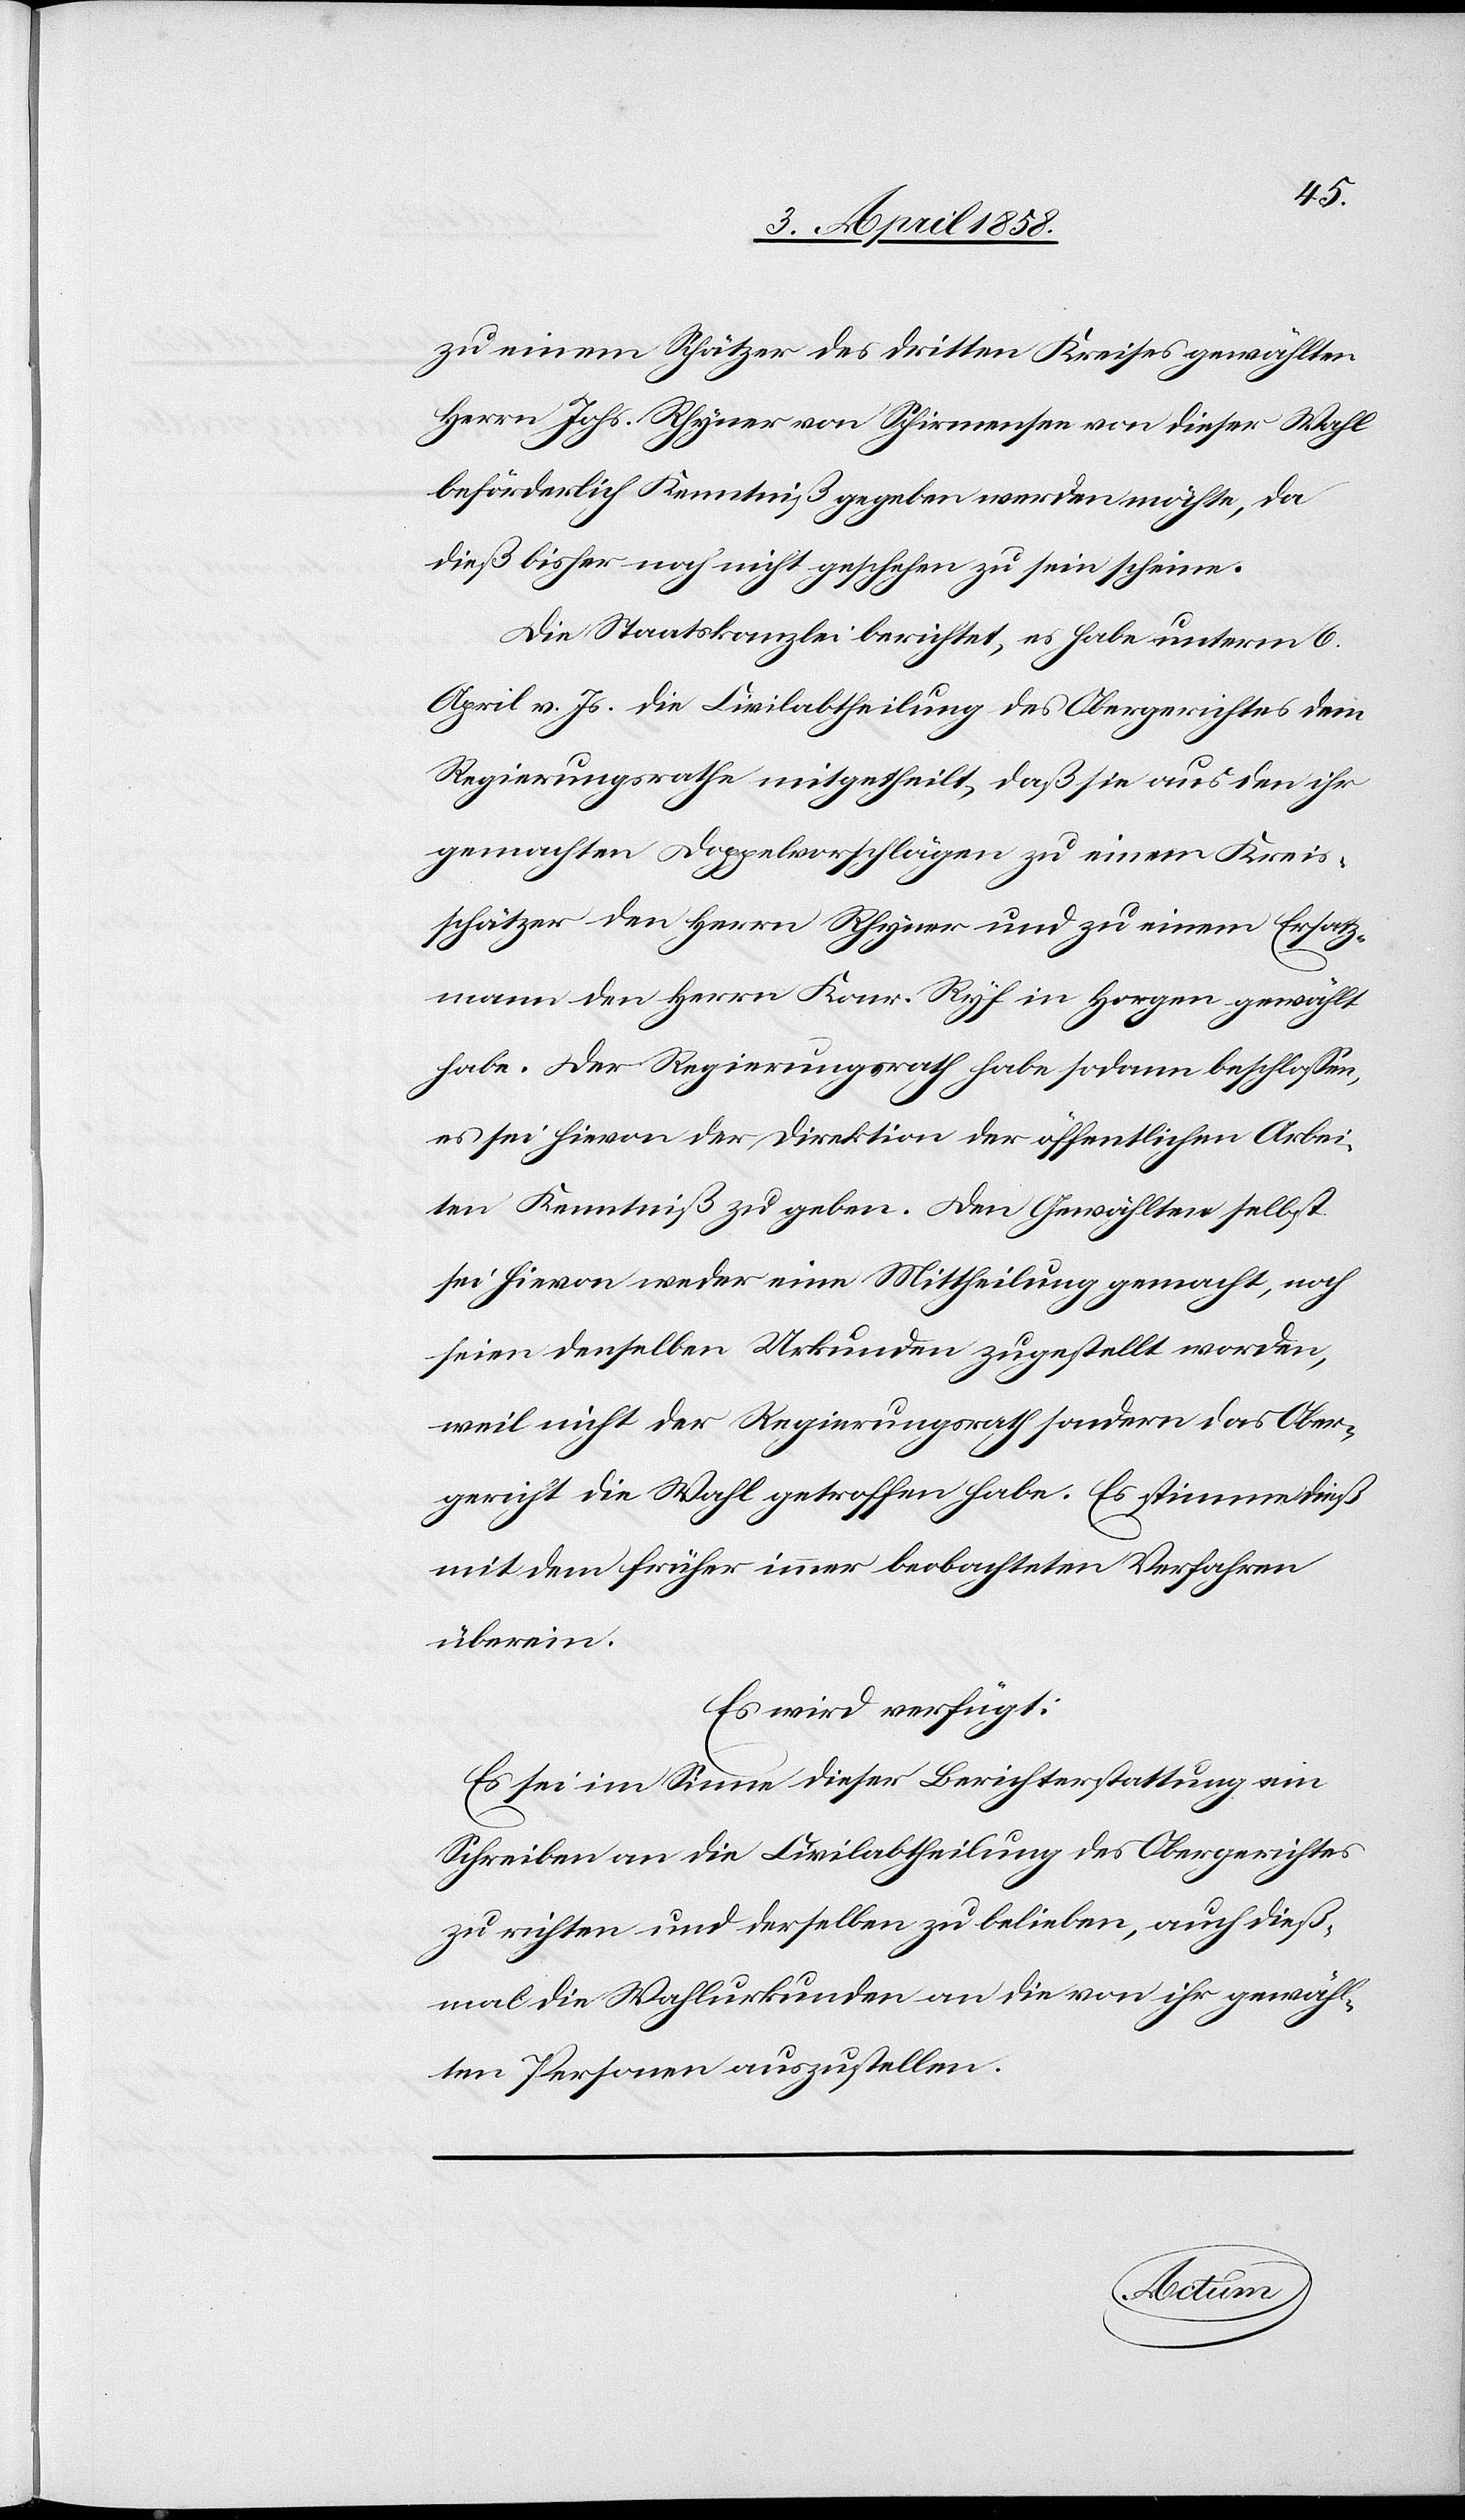
zu einem Schätzer des dritten Kreises gewählten
Herrn Johs. Rhyner von Schirmensee von dieser Wahl
beförderlich Kenntniß gegeben werden möchte, da
dieß bisher noch nicht geschehen zu sein scheine.
Die Staatskanzlei berichtet, es habe unterm 6.
April v. Js. die Civilabtheilung des Obergerichtes dem
Regierungsrathe mitgetheilt, daß sie aus den ihr
gemachten Doppelvorschlägen zu einem Kreis¬
schätzer den Herrn Rhyner und zu einem Ersatz¬
mann den Herrn Konr. Ryf in Horgen gewählt
habe. Der Regierungsrath habe sodann beschlossen,
es sei hievon der Direktion der öffentlichen Arbei¬
ten Kenntniß zu geben. Den Gewählten selbst
sei hievon weder eine Mittheilung gemacht, noch
seien denselben Urkunden zugestellt worden,
weil nicht der Regierungsrath sondern das Ober¬
gericht die Wahl getroffen habe. Es stimme dieß
mit dem früher immer beobachteten Verfahren
überein.
Es wird verfügt:
Es sei im Sinne dieser Berichterstattung ein
Schreiben an die Civilabtheilung des Obergerichtes
zu richten und derselben zu belieben, auch dieß¬
mal die Wahlurkunden an die von ihr gewähl¬
ten Personen auszustellen.